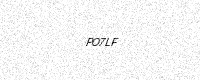
Text: PO7LF